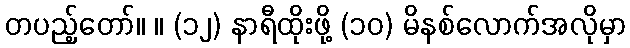
တပည့်တော်။ ။ (၁၂) နာရီထိုးဖို့ (၁၀) မိနစ်လောက်အလိုမှာ